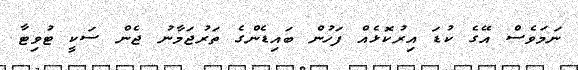
ނަމަވެސް އޭގެ ކުޑަ އިރުކޮޅެއް ފަހުން ބައިޑެންގެ ތަރުޖަމާނު ޖެން ސަކީ ޓުވިޓާ